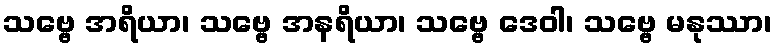
သဗ္ဗေ အရိယာ၊ သဗ္ဗေ အနရိယာ၊ သဗ္ဗေ ဒေဝါ၊ သဗ္ဗေ မနုဿာ၊